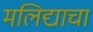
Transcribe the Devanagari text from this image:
मलिद्याचा